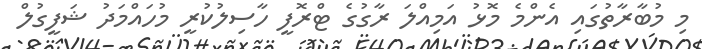
މި މުބާރާތުގައި އެންމެ މޮޅު އަމިއްލަ ރާގުގެ ޓްރޮފީ ހާސިލުކުރީ މުހައްމަދު ޝަފީގުލް